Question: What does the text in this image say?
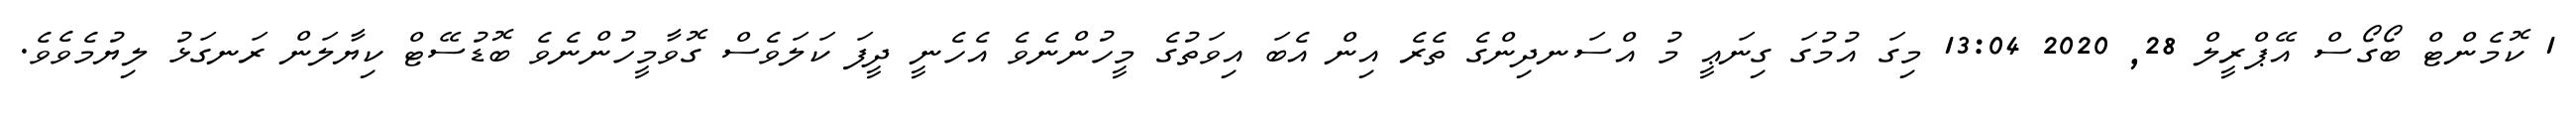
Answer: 1 ކޮމެންޓް ބޯގޯސް އޭޕްރީލް 28, 2020 13:04 މިގަ އުމުގަ ގިނަޢީ މު އްސަނދިންގެ ތެރެ އިން އެބަ އިވަތުގެ މީހުންނެވެ އެހެނީ ދީފަ ކަލަވެސް ގޮވާމީހުންނެވެ ބޮޑުސޭޓް ކިޔާލަން ރަނގަޅު ލިޔުމެވެވެ.